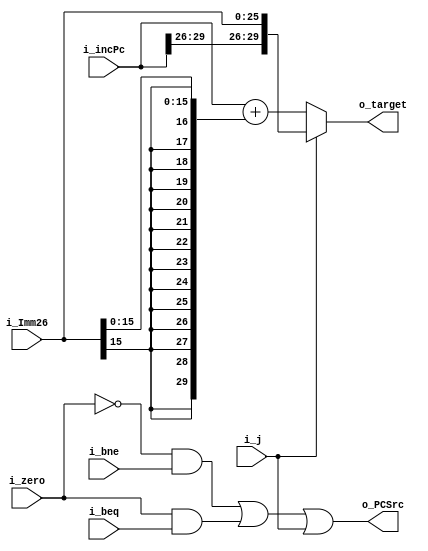
module Next_PC(i_beq, i_bne, i_j, i_zero, i_incPc, i_Imm26, o_PCSrc, o_target);

input 					 i_beq, i_bne, i_j, i_zero;
input 			[29:0] i_incPc;
input 			[25:0] i_Imm26;

output reg				 o_PCSrc;
output reg		[29:0] o_target;

wire 				[29:0] addr;
wire				[29:0] extenstion;
wire				[15:0] imm_word;

assign imm_word 		= i_Imm26[15:0];
assign extenstion 	= {{(14){imm_word[15]}},imm_word}; //; ? {14'b1, imm_word} : {14'b0, imm_word};
assign addr			 	= i_incPc + extenstion;

assign src = ((~i_zero) & i_bne) | (i_zero & i_beq) | i_j; 

always @* begin
	o_PCSrc <= src; 
end

always @* begin
if (i_j) begin 
		o_target = {i_incPc[29:26], i_Imm26};
	end else begin
		o_target = addr;
	end 
end

endmodule